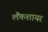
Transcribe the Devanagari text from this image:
लैंकशायर